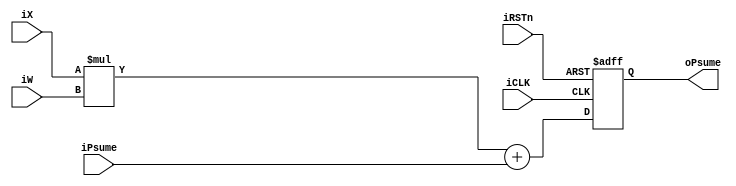
module pe
#(parameter                  BW1=16, BW2=16)
(
 input                       iCLK,
 input                       iRSTn,
 input      signed [7:0]     iX,
 input      signed [7:0]     iW,
 input      signed [BW1-1:0] iPsume,
 output reg signed [BW2-1:0] oPsume
);

 wire signed [15:0] sum;
 
 assign sum = (iX * iW) + iPsume;

 always @(posedge iCLK, negedge iRSTn) 
 begin
   if(!iRSTn)
     oPsume <= 0;
   else
     oPsume <= sum;
 end
endmodule